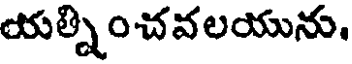
యత్నించవలయును.